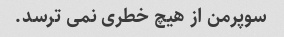
سوپرمن از هیچ خطری نمی ترسد.